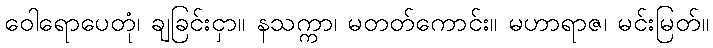
ဝေါရောပေတုံ၊ ချခြင်းငှာ။ နသက္ကာ၊ မတတ်ကောင်း။ မဟာရာဇ၊ မင်းမြတ်။